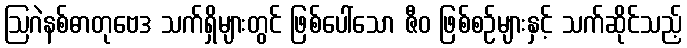
ဩဂဲနစ်ဓာတုဗေဒ သက်ရှိများတွင် ဖြစ်ပေါ်သော ဇီဝ ဖြစ်စဉ်များနှင့် သက်ဆိုင်သည့်